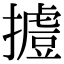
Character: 𢶐